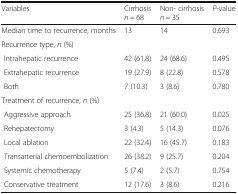
| Variables | Cirrhosisn = 68 | Non- cirrhosisn = 35 | P-value |
 | --- | --- | --- | --- |
 | Median time to recurrence, months | 13 | 14 | 0.693 |
 | <COLSPAN=4> Recurrence type, n (%) |
 | Intrahepatic recurrence | 42 (61.8) | 24 (68.6) | 0.495 |
 | Extrahepatic recurrence | 19 (27.9) | 8 (22.8) | 0.578 |
 | Both | 7 (10.3) | 3 (8.6) | 0.780 |
 | <COLSPAN=4> Treatment of recurrence, n (%) |
 | Aggressive approach | 25 (36.8) | 21 (60.0) | 0.025 |
 | Rehepatectomy | 3 (4.3) | 5 (14.3) | 0.076 |
 | Local ablation | 22 (32.4) | 16 (45.7) | 0.183 |
 | Transarterial chemoembolization | 26 (38.2) | 9 (25.7) | 0.204 |
 | Systemic chemotherapy | 5 (7.4) | 2 (5.7) | 0.754 |
 | Conservative treatment | 12 (17.6) | 3 (8.6) | 0.216 |